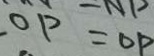
O P = O P